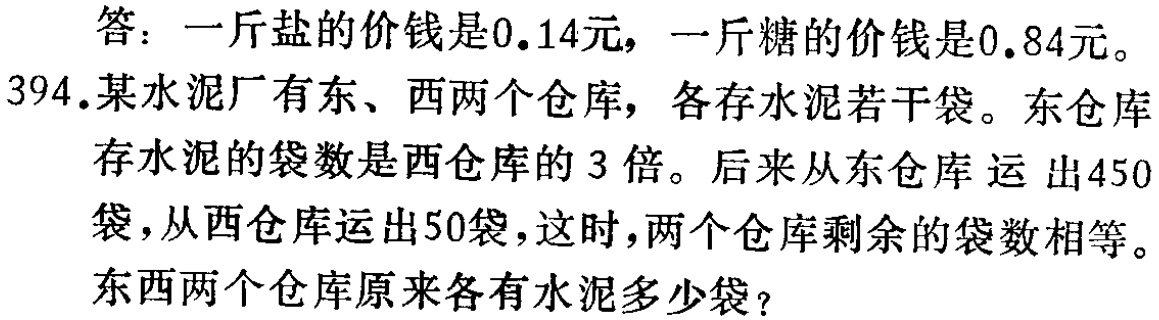
答：一斤盐的价钱是0.14元，一斤糖的价钱是0.84元。
394.某水泥厂有东、西两个仓库，各存水泥若干袋。东仓库存水泥的袋数是西仓库的3倍。后来从东仓库运出450袋，从西仓库运出50袋，这时，两个仓库剩余的袋数相等。东西两个仓库原来各有水泥多少袋？